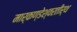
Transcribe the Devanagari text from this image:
मार्कण्डेश्वरतीर्थ